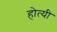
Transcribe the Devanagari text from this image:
होत्यी